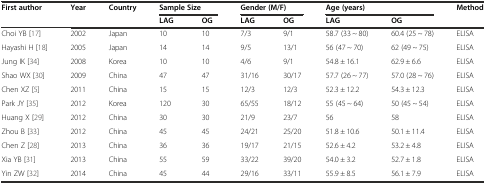
| <ROWSPAN=2> First author | <ROWSPAN=2> Year | <ROWSPAN=2> Country | <COLSPAN=2> Sample Size | <COLSPAN=2> Gender (M/F) | <COLSPAN=2> Age (years) | <ROWSPAN=2> Method |
 | LAG | OG | LAG | OG | LAG | OG |
 | --- | --- | --- | --- | --- | --- | --- | --- | --- | --- |
 | Choi YB [17] | 2002 | Japan | 10 | 10 | 7/3 | 9/1 | 58.7 (33 ~ 80) | 60.4 (25 ~ 78) | ELISA |
 | Hayashi H [18] | 2005 | Japan | 14 | 14 | 9/5 | 13/1 | 56 (47 ~ 70) | 62 (49 ~ 75) | ELISA |
 | Jung IK [34] | 2008 | Korea | 10 | 10 | 4/6 | 9/1 | 54.8 ± 16.1 | 62.9 ± 6.6 | ELISA |
 | Shao WX [30] | 2009 | China | 47 | 47 | 31/16 | 30/17 | 57.7 (26 ~ 77) | 57.0 (28 ~ 76) | ELISA |
 | Chen XZ [5] | 2011 | China | 15 | 15 | 12/3 | 12/3 | 52.3 ± 12.2 | 54.3 ± 12.3 | ELISA |
 | Park JY [35] | 2012 | Korea | 120 | 30 | 65/55 | 18/12 | 55 (45 ~ 64) | 50 (45 ~ 54) | ELISA |
 | Huang X [29] | 2012 | China | 30 | 30 | 21/9 | 23/7 | 56 | 58 | ELISA |
 | Zhou B [33] | 2012 | China | 45 | 45 | 24/21 | 25/20 | 51.8 ± 10.6 | 50.1 ± 11.4 | ELISA |
 | Chen Z [28] | 2013 | China | 36 | 36 | 19/17 | 21/15 | 52.6 ± 4.2 | 53.2 ± 4.8 | ELISA |
 | Xia YB [31] | 2013 | China | 55 | 59 | 33/22 | 39/20 | 54.0 ± 3.2 | 52.7 ± 1.8 | ELISA |
 | Yin ZW [32] | 2014 | China | 45 | 44 | 29/16 | 33/11 | 55.9 ± 8.5 | 56.1 ± 7.9 | ELISA |